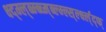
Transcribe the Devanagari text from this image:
क्ष्द्म्ल्ब्म्ब्च्म्ब्ल्म्ल्स्र्ल्क्ष्ल्द्फ्